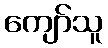
ကျော်သူ